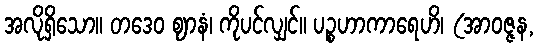
အလိုရှိသော။ တဒေဝ ဈာနံ၊ ကိုပင်လျှင်။ ပဉ္စဟာကာရေဟိ၊ (အာဝဇ္ဇန,